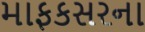
માફકસરના